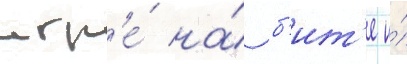
игр'е́ на́ б'ит'е и́